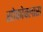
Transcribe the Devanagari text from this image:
सोफोक्लास